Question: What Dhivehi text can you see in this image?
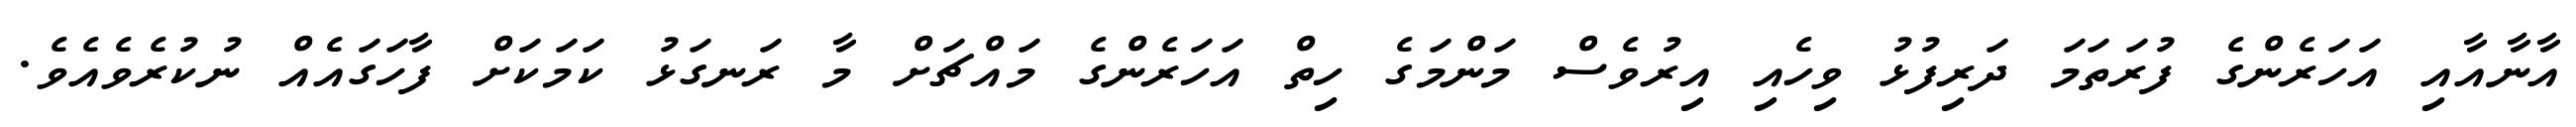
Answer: އާނާއާއި އަހަރެންގެ ފުރަތަމަ ދަރިފުޅު ވިހެއި އިރުވެސް މަންމަގެ ހިތް އަހަރެންގެ މައްޗަށް މާ ރަނގަޅު ކަމަކަށް ފާހަގައެއް ނުކުރެވެއެވެ.